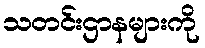
သတင်းဌာနများကို